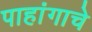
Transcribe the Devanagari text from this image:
पाहांगाचे